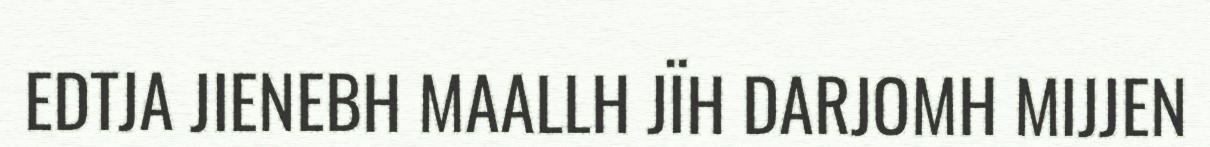
EDTJA JIENEBH MAALLH JÏH DARJOMH MIJJEN